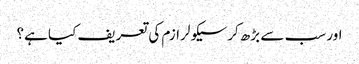
اور سب سے بڑھ کرسیکولرازم کی تعریف کیا ہے؟